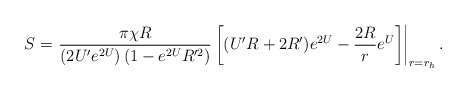
\begin{align*}S=\left.\frac{\pi \chi R}{ \left( 2U' e^{2U} \right) \left(1-e^{2U}R'^{2}\right)}\left[(U'R+2R')e^{2U}-{{2R}\over{r}}e^{U}\right]\right|_{r=r_h}.\end{align*}